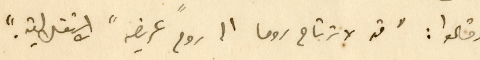
وقالوا: "قد لا ترتاح روما الى "روح عريضه" الاستقلالية."